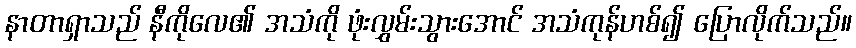
နာတာရှာသည် နီကိုလေ၏ အသံကို ဖုံးလွှမ်းသွားအောင် အသံကုန်ဟစ်၍ ပြောလိုက်သည်။